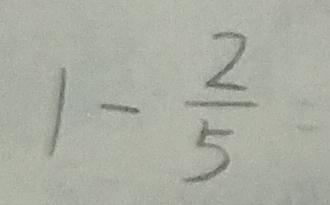
1 - \frac { 2 } { 5 }